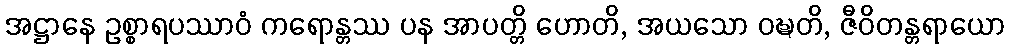
အဋ္ဌာနေ ဥစ္စာရပဿာဝံ ကရောန္တဿ ပန အာပတ္တိ ဟောတိ, အယသော ဝဍ္ဎတိ, ဇီဝိတန္တရာယော